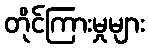
တိုင်ကြားမှုများ